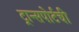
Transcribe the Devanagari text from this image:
ट्रान्सपोर्टची